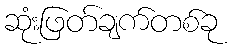
ဆုံးဖြတ်ချက်တစ်ခု